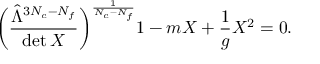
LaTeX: \biggl ( \frac { \hat { \Lambda } ^ { 3 N _ { c } - N _ { f } } } { \operatorname * { d e t } X } \biggr ) ^ { \frac { 1 } { N _ { c } - N _ { f } } } 1 - m X + \frac { 1 } { g } X ^ { 2 } = 0 .